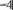
-4